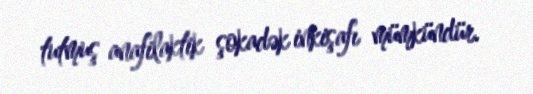
tutmuş anafilaktik şokadək inkişafı mümkündür.